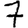
Digit: 7